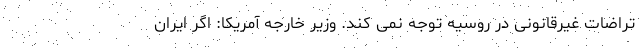
تراضات غیرقانونی در روسیه توجه نمی کند. وزیر خارجه آمریکا: اگر ایران